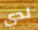
لدي